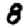
Digit: 8